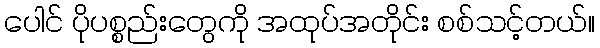
ပေါင် ပိုပစ္စည်းတွေကို အထုပ်အတိုင်း စစ်သင့်တယ်။